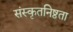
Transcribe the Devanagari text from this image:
संस्कृतनिष्ठता